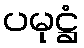
ပမုဋ္ဌံ